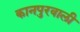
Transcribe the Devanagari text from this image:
कानपुरवाली